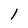
Character: 1